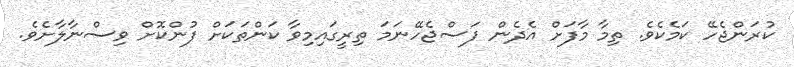
ކުރަންޖެހޭ ކަމެކެވެ. ތިމާ މާފަށް އެދެން ފަސްޖެހޭނަމަ ތިރީގައިމިވާ ކަންތަކަށް ފުންކޮށް ވިސްނާލާށެވެ.